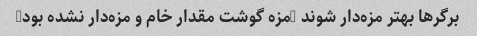
برگرها بهتر مزه‌دار شوند (مزه گوشت مقدار خام و مزه‌دار نشده بود)